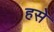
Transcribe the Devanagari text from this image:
हसे